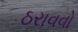
ઠરાવવો